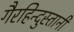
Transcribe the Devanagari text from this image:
गैरहिन्दुस्तानी